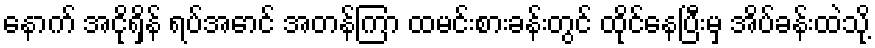
နောက် အငိုရှိန် ရပ်အောင် အတန်ကြာ ထမင်းစားခန်းတွင် ထိုင်နေပြီးမှ အိပ်ခန်းထဲသို့